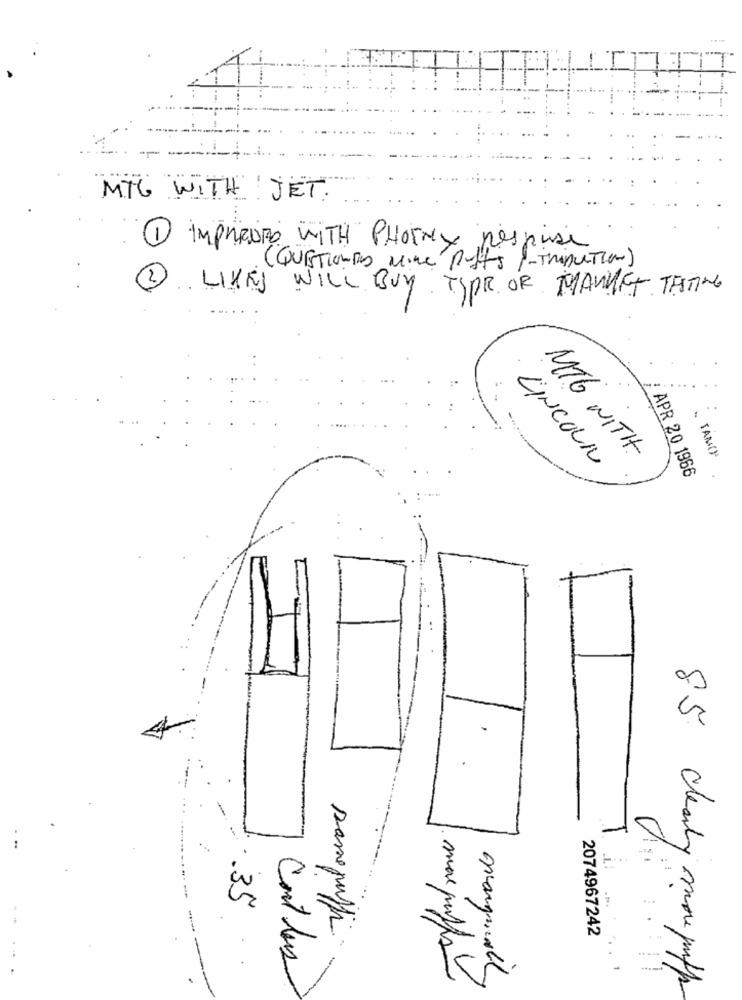
MTG WITH JET
11 IMPRENDO WITH PHOTOY respue
(QUESTIONED Mine Puffs "-TribuTions
~
2 ..
LIKES WILL BUY TYPR OR MARKET TESTING
MTG WITH
TAM(
LINCOLN
APR 20 1966
-
.35
-
samepuffi
2074967242
Contles
mar puffs
marginally
85 clearly monmilf